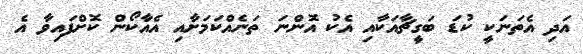
އަދި އެތަނަކީ ކުޑަ ބަގީޗާއަކާއި އެކު އޮންނަ ތަނެއްކަމަށާއި އެއާކޯން ކޮށްފައިވާ އެ